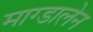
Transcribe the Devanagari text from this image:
माग्डालेन